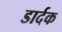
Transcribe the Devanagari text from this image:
डार्दक